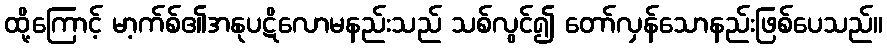
ထို့ကြောင့် မာ့က်စ်၏အနုပဋိလောမနည်းသည် သစ်လွင်၍ တော်လှန်သောနည်းဖြစ်ပေသည်။